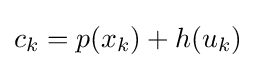
c_{k}=p(x_{k})+h(u_{k})